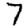
Digit: 7